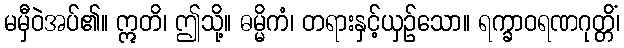
မမှီဝဲအပ်၏။ ဣတိ၊ ဤသို့။ ဓမ္မိကံ၊ တရားနှင့်ယှဉ်သော။ ရက္ခာဝရဏဂုတ္တိံ၊